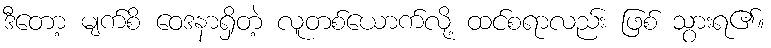
ဒီတော့ မျက်စိ ဝေဒနာရှိတဲ့ လူတစ်ယောက်လို့ ထင်စရာလည်း ဖြစ် သွားရ၏။